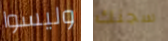
وليسوا سجنك